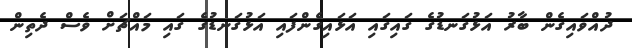
ދުއްވައިގެން ބާރު އަޅުގަނޑުގެ ގައިގައި އަޅައިގެންފައި އަޅުގަނޑުގެ ގައި މައްޗަށް ވެސް ދެތިން